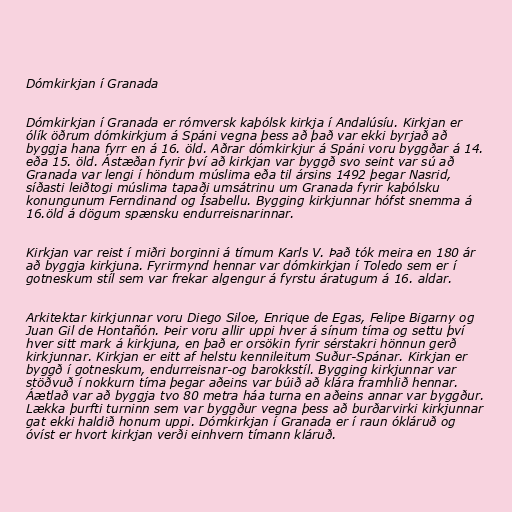
Dómkirkjan í Granada

Dómkirkjan í Granada er rómversk kaþólsk kirkja í Andalúsíu. Kirkjan er
ólík öðrum dómkirkjum á Spáni vegna þess að það var ekki byrjað að
byggja hana fyrr en á 16. öld. Aðrar dómkirkjur á Spáni voru byggðar á 14.
eða 15. öld. Ástæðan fyrir því að kirkjan var byggð svo seint var sú að
Granada var lengi í höndum múslima eða til ársins 1492 þegar Nasrid,
síðasti leiðtogi múslima tapaði umsátrinu um Granada fyrir kaþólsku
konungunum Ferndinand og Ísabellu. Bygging kirkjunnar hófst snemma á
16.öld á dögum spænsku endurreisnarinnar.

Kirkjan var reist í miðri borginni á tímum Karls V. Það tók meira en 180 ár
að byggja kirkjuna. Fyrirmynd hennar var dómkirkjan í Toledo sem er í
gotneskum stíl sem var frekar algengur á fyrstu áratugum á 16. aldar.

Arkitektar kirkjunnar voru Diego Siloe, Enrique de Egas, Felipe Bigarny og
Juan Gil de Hontañón. Þeir voru allir uppi hver á sínum tíma og settu því
hver sitt mark á kirkjuna, en það er orsökin fyrir sérstakri hönnun gerð
kirkjunnar. Kirkjan er eitt af helstu kennileitum Suður-Spánar. Kirkjan er
byggð í gotneskum, endurreisnar-og barokkstíl. Bygging kirkjunnar var
stöðvuð í nokkurn tíma þegar aðeins var búið að klára framhlið hennar.
Áætlað var að byggja tvo 80 metra háa turna en aðeins annar var byggður.
Lækka þurfti turninn sem var byggður vegna þess að burðarvirki kirkjunnar
gat ekki haldið honum uppi. Dómkirkjan í Granada er í raun ókláruð og
óvíst er hvort kirkjan verði einhvern tímann kláruð.